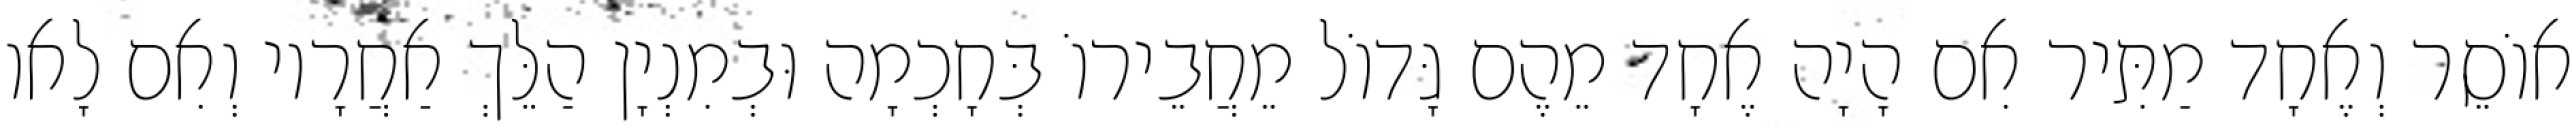
אוֹסֵר וְאֶחָד מַתִּיר אִם הָיָה אֶחָד מֵהֶם גָּדוֹל מֵחֲבֵירוֹ בְּחָכְמָה וּבְמִנְיָן הַלֵּךְ אַחֲרָיו וְאִם לָאו